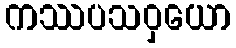
ကဿပသဝှယော